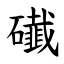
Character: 䃱